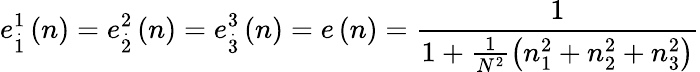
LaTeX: e_{\overset{.}{1}}^{1}\left(n\right)=e_{\overset{.}{2}}^{2}\left(n\right)=e_{\overset{.}{3}}^{3}\left(n\right)=e\left(n\right)=\frac{1}{1+\frac{1}{N^{2}}\left(n_{1}^{2}+n_{2}^{2}+n_{3}^{2}\right)}